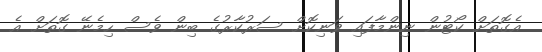
އެގޮތަށް ކޯޓުން ނިންމާފައި ވަނިކޮށް ސަރުކާރުގެ ބިން ވެސް ހިމެނޭ ގޮތަށް އެ